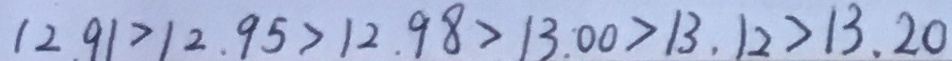
1 2 . 9 1 > 1 2 . 9 5 > 1 2 . 9 8 > 1 3 . 0 0 > 1 3 . 1 2 > 1 3 . 2 0